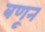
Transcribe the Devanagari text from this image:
बणून